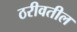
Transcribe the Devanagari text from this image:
ठरीवतील